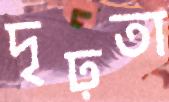
দৃঢ়তা